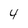
Character: 4